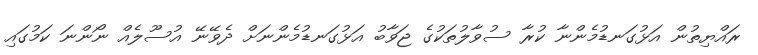
ރައްޔިތުން އަޅުގަނޑުމެންނާ ކުރާ ސުވާލުތަކުގެ ޖަވާބު އަޅުގަނޑުމެންނަށް ދެވޭނޭ އުސޫލެއް ނޯންނަ ކަމުގައި